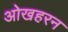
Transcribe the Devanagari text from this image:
ओखहरन